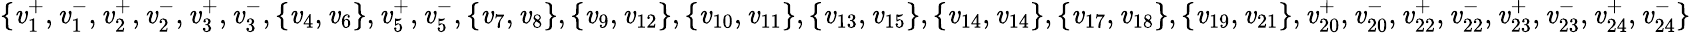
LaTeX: \{ \mathit{v}_{1}^{+},\mathit{v}_{1}^{-},\mathit{v}_{2}^{+},\mathit{v}_{2}^{-},\mathit{v}_{3}^{+},\mathit{v}_{3}^{-},\{ \mathit{v}_{4},\mathit{v}_{6}\} ,\mathit{v}_{5}^{+},\mathit{v}_{5}^{-},\{ \mathit{v}_{7},\mathit{v}_{8}\} ,\{ \mathit{v}_{9},\mathit{v}_{12}\} ,\{ \mathit{v}_{10},\mathit{v}_{11}\} ,\{ \mathit{v}_{13},\mathit{v}_{15}\} ,\{ \mathit{v}_{14},\mathit{v}_{14}\} ,\{ \mathit{v}_{17},\mathit{v}_{18}\} ,\{ \mathit{v}_{19},\mathit{v}_{21}\} ,\mathit{v}_{20}^{+},\mathit{v}_{20}^{-},\mathit{v}_{22}^{+},\mathit{v}_{22}^{-},\mathit{v}_{23}^{+},\mathit{v}_{23}^{-},\mathit{v}_{24}^{+},\mathit{v}_{24}^{-}\}